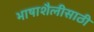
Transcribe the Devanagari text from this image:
भाषाशैलीसाठी